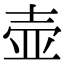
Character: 壶